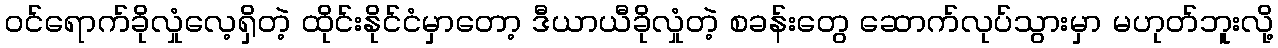
ဝင်ရောက်ခိုလှုံလေ့ရှိတဲ့ ထိုင်းနိုင်ငံမှာတော့ ဒီယာယီခိုလှုံတဲ့ စခန်းတွေ ဆောက်လုပ်သွားမှာ မဟုတ်ဘူးလို့